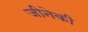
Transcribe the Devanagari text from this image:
जीनेकी